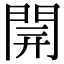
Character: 𨴂